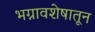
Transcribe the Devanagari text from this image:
भग्नावशेषातून